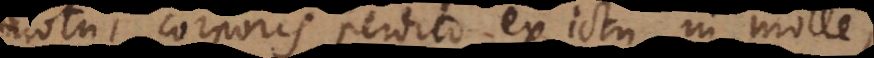
motui corporis perdito ex ictu in molle,